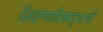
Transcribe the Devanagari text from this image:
शिक्षणाधिकाऱ्याची